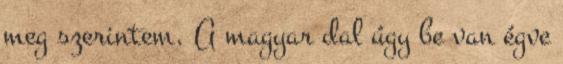
meg szerintem. A magyar dal úgy be van égve